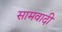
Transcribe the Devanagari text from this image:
सामवादी